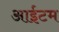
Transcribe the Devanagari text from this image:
आईटम